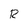
Character: R